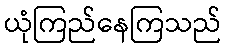
ယုံကြည်နေကြသည်